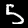
Digit: 5